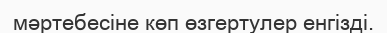
мәртебесіне көп өзгертулер енгізді.